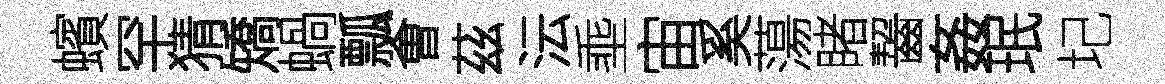
蠙罕猜矯蝸瓢㑹茲沄埀宙奚蕩睹齧姦珉圮